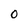
Character: O